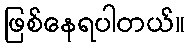
ဖြစ်နေရပါတယ်။